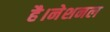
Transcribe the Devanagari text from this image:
है।नेशनल